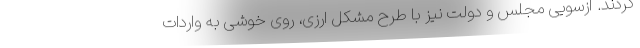
کردند. ازسویی مجلس و دولت نیز با طرح مشکل ارزی، روی خوشی به واردات